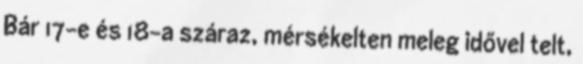
Bár 17-e és 18-a száraz, mérsékelten meleg idővel telt,